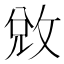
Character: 敓